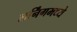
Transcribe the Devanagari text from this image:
लर्निंगमध्ये